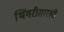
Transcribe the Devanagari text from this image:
भिंगरीसारखी